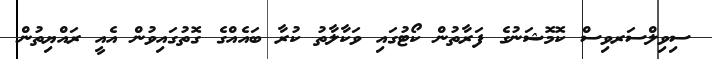
ސިވިލްސަރވިސް ކޮމޮޝަނުގެ ފަރާތުން ކޯޓުގައި ވަކާލާތު ކުރާ ބައެއްގެ ގޮތުގައިވުން އެއީ ރައްޔިތުން